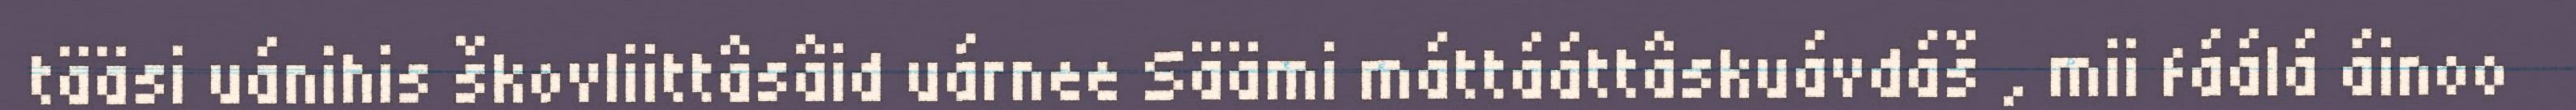
tääsi uánihis škovliittâsâid uárnee Säämi máttááttâskuávdáš , mii fáálá áinoo